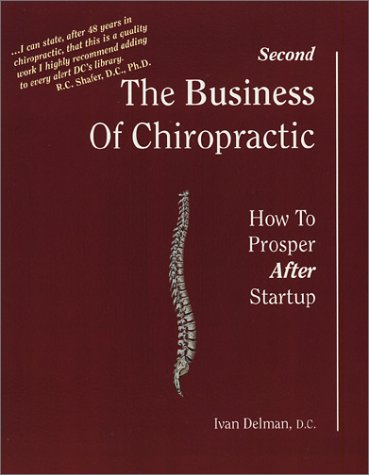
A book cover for The Business of Chiropractic: How to Prosper After Startup (2nd Edition); Ivan Delman; Business & Money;